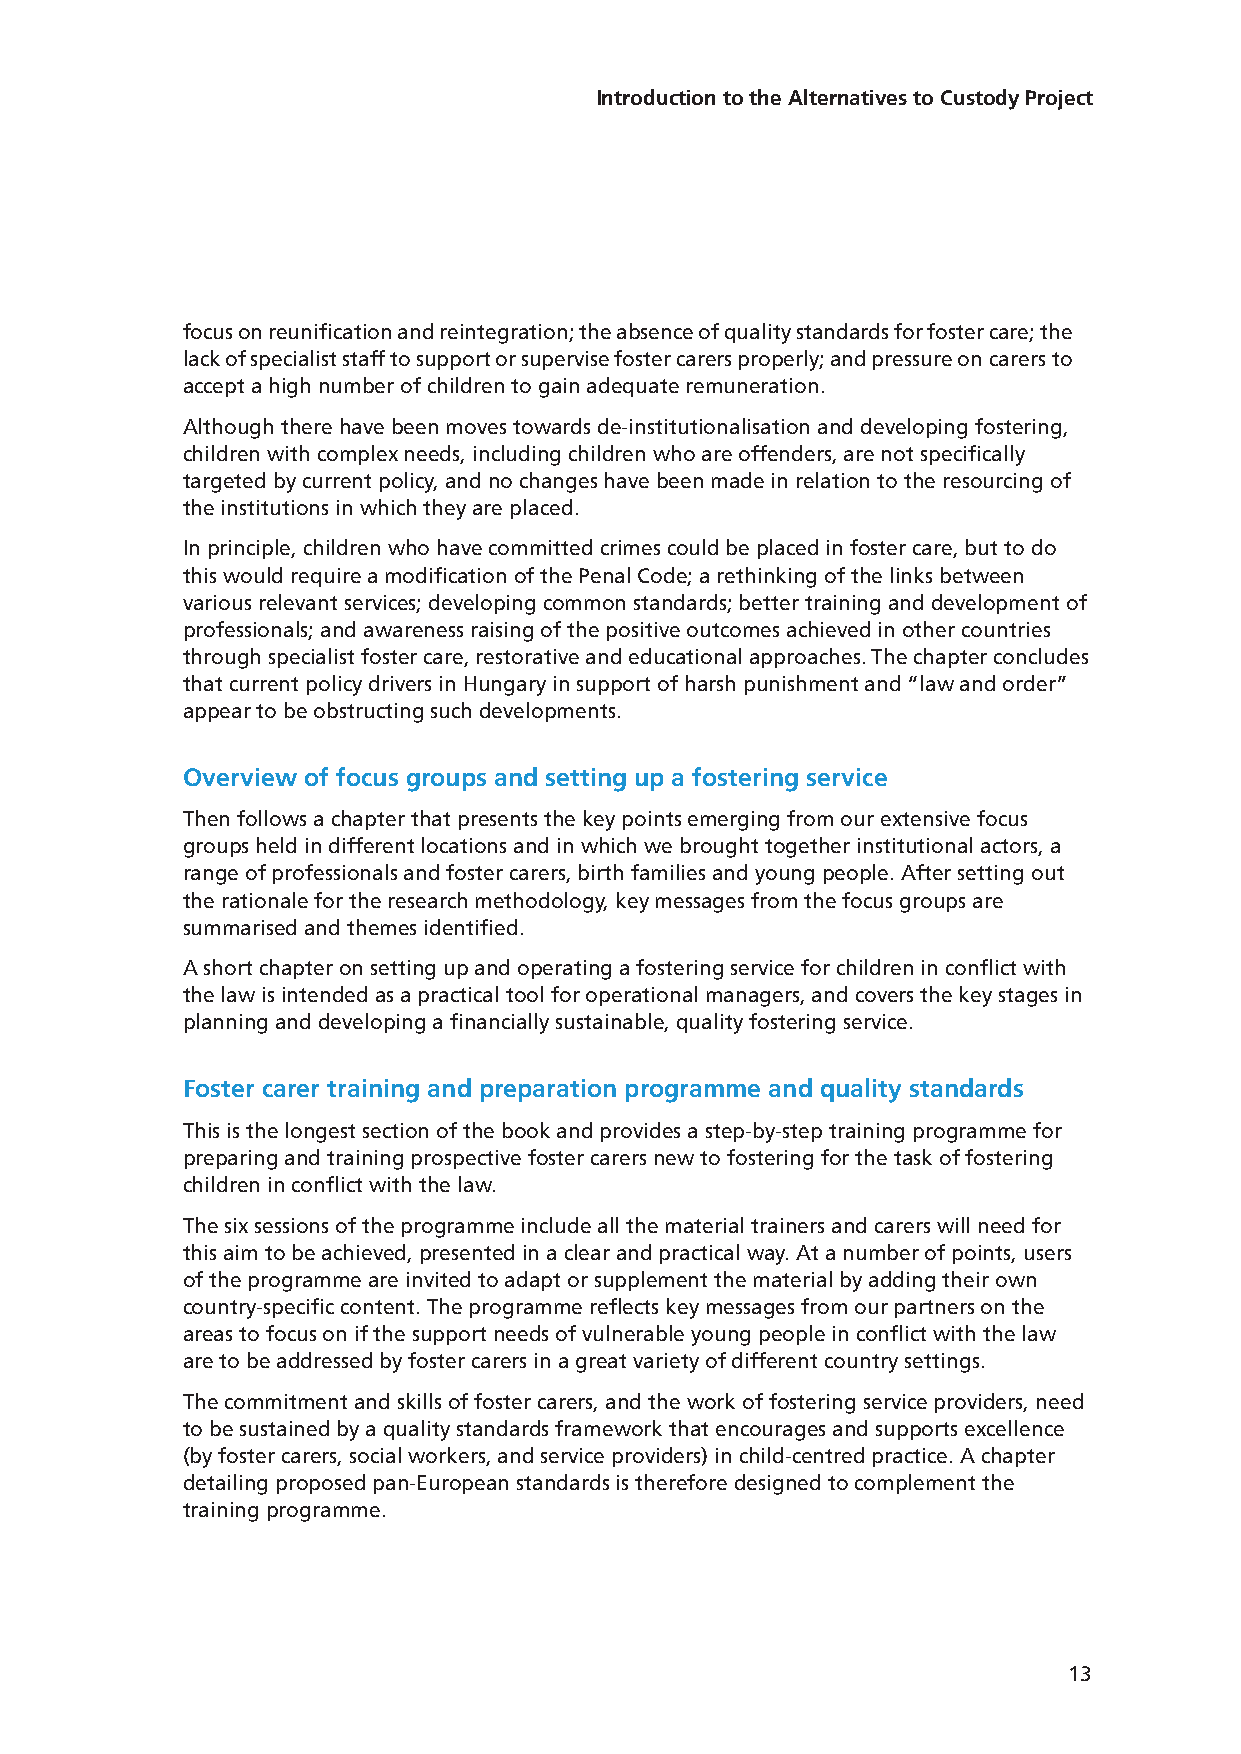
Introduction to the Alternatives to Custody Project
 focus on reunification and reintegration; the absence of quality standards for foster care; the
 lack of specialist staff to support or supervise foster carers properly; and pressure on carers to
 accept a high number of children to gain adequate remuneration.
 Although there have been moves towards de-institutionalisation and developing fostering,
 children with complex needs, including children who are offenders, are not specifically
 targeted by current policy, and no changes have been made in relation to the resourcing of
 the institutions in which they are placed.
 In principle, children who have committed crimes could be placed in foster care, but to do
 this would require a modification of the Penal Code; a rethinking of the links between
 various relevant services; developing common standards; better training and development of
 professionals; and awareness raising of the positive outcomes achieved in other countries
 through specialist foster care, restorative and educational approaches. The chapter concludes
 that current policy drivers in Hungary in support of harsh punishment and “law and order”
 appear to be obstructing such developments.
 Overview of focus groups and setting up a fostering service
 Then follows a chapter that presents the key points emerging from our extensive focus
 groups held in different locations and in which we brought together institutional actors, a
 range of professionals and foster carers, birth families and young people. After setting out
 the rationale for the research methodology, key messages from the focus groups are
 summarised and themes identified.
 A short chapter on setting up and operating a fostering service for children in conflict with
 the law is intended as a practical tool for operational managers, and covers the key stages in
 planning and developing a financially sustainable, quality fostering service.
 Foster carer training and preparation programme and quality standards
 This is the longest section of the book and provides a step-by-step training programme for
 preparing and training prospective foster carers new to fostering for the task of fostering
 children in conflict with the law.
 The six sessions of the programme include all the material trainers and carers will need for
 this aim to be achieved, presented in a clear and practical way. At a number of points, users
 of the programme are invited to adapt or supplement the material by adding their own
 country-specific content. The programme reflects key messages from our partners on the
 areas to focus on if the support needs of vulnerable young people in conflict with the law
 are to be addressed by foster carers in a great variety of different country settings.
 The commitment and skills of foster carers, and the work of fostering service providers, need
 to be sustained by a quality standards framework that encourages and supports excellence
 (by foster carers, social workers, and service providers) in child-centred practice. A chapter
 detailing proposed pan-European standards is therefore designed to complement the
 training programme.
 13